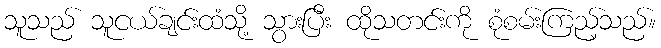
သူသည် သူငယ်ချင်းထံသို့ သွားပြီး ထိုသတင်းကို စုံစမ်းကြည့်သည်။